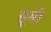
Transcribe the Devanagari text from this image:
सूमी